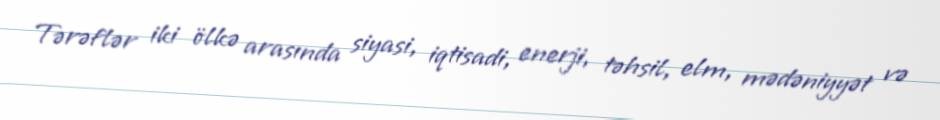
Tərəflər iki ölkə arasında siyasi, iqtisadi, enerji, təhsil, elm, mədəniyyət və